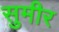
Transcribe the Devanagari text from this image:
सुमीर